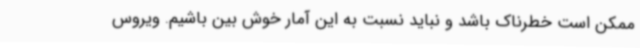
ممکن است خطرناک باشد و نباید نسبت به این آمار خوش بین باشیم. ویروس